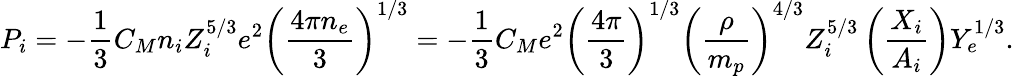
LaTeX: P_{i}=-{\frac{1}{3}}C_{M}n_{i}Z_{i}^{5/3}e^{2}\left({\frac{4\pi n_{e}}{3}}\right)^{1/3}=-{\frac{1}{3}}C_{M}e^{2}\left({\frac{4\pi}{3}}\right)^{1/3}\left({\frac{\rho}{m_{p}}}\right)^{4/3}Z_{i}^{5/3}\left({\frac{X_{i}}{A_{i}}}\right)Y_{e}^{1/3}.